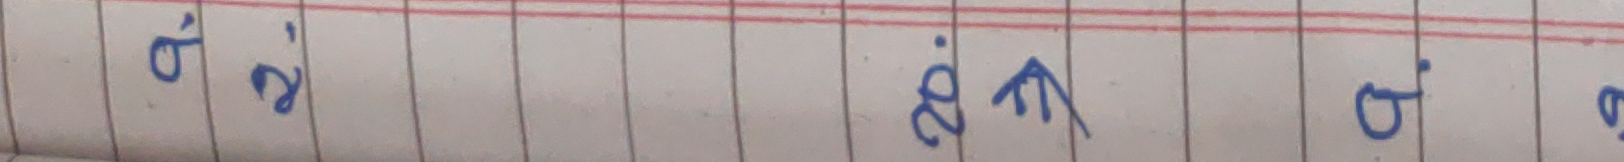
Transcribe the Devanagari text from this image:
बिं कि बिं कि